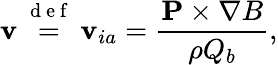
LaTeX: {\mathbf v}\stackrel{\mathrm{~d~e~f~}}{=}{\mathbf v}_{ia}=\frac{{\mathbf P}\times\nabla B}{\rho Q_{b}},